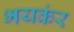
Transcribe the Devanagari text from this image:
भयकंर